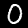
Label: 0